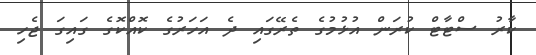
ކާރު ސްޓާޓް ކުރަން އުޅުމުގެ ތެރޭގައި ދެ އަހަރުގެ ކޮއްކޮގެ ގައިގަ ޖެހި